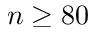
n \geq 8 0